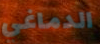
الدماغي